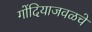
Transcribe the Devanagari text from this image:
गोंदियाजवळचे